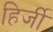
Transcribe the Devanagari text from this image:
हिर्जी